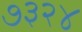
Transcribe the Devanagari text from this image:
७३२४